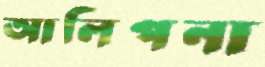
আলিপনা